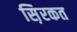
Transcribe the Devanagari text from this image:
स़िरकत